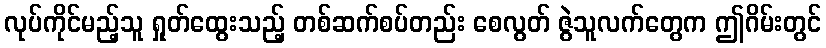
လုပ်ကိုင်မည့်သူ ရှုတ်ထွေးသည့် တစ်ဆက်စပ်တည်း စေလွတ် ဇွဲသူလက်တွေက ဤဂိမ်းတွင်